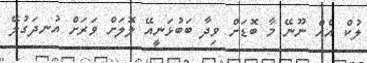
ލުކް އެއް ނޫނޭ މާ ބޮޑަށް ވިދާ ބަބުޅަނީއޭ ލޮލަށް ވަރަށް އުނދަގުލޭ